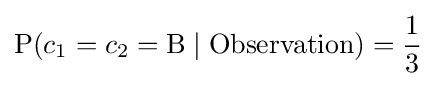
\mathrm {P} (c_{1}=c_{2}=\mathrm {B} \mid \mathrm {Observation} )={\frac {1}{3}}